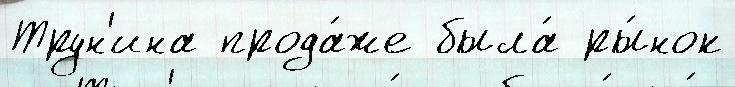
Трун'ина прода́же была́ ры́нок